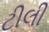
ટીલી